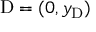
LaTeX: \mathrm { D } = ( 0 , y _ { \mathrm { D } } )